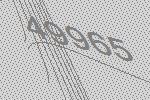
49965